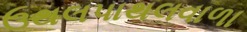
ઉથલપાથલવાળા